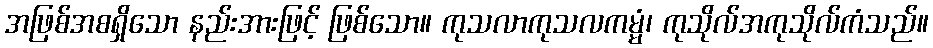
အဖြစ်အစရှိသော နည်းအားဖြင့် ဖြစ်သော။ ကုသလာကုသလကမ္မံ၊ ကုသိုလ်အကုသိုလ်ကံသည်။